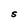
Character: S